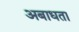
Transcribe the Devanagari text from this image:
अबाधता